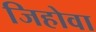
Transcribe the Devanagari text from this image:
जिहोवा